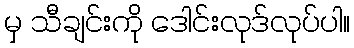
မှ သီချင်းကို ဒေါင်းလုဒ်လုပ်ပါ။